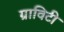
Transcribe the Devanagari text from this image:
ग्राविटी